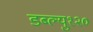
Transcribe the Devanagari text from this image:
डब्ल्यु१२०